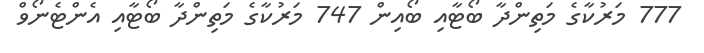
777 މަރުކާގެ މަތިންދާ ބޯޓާއި ބޯއިން 747 މަރުކާގެ މަތިންދާ ބޯޓާއި އެންޓެނޯވް